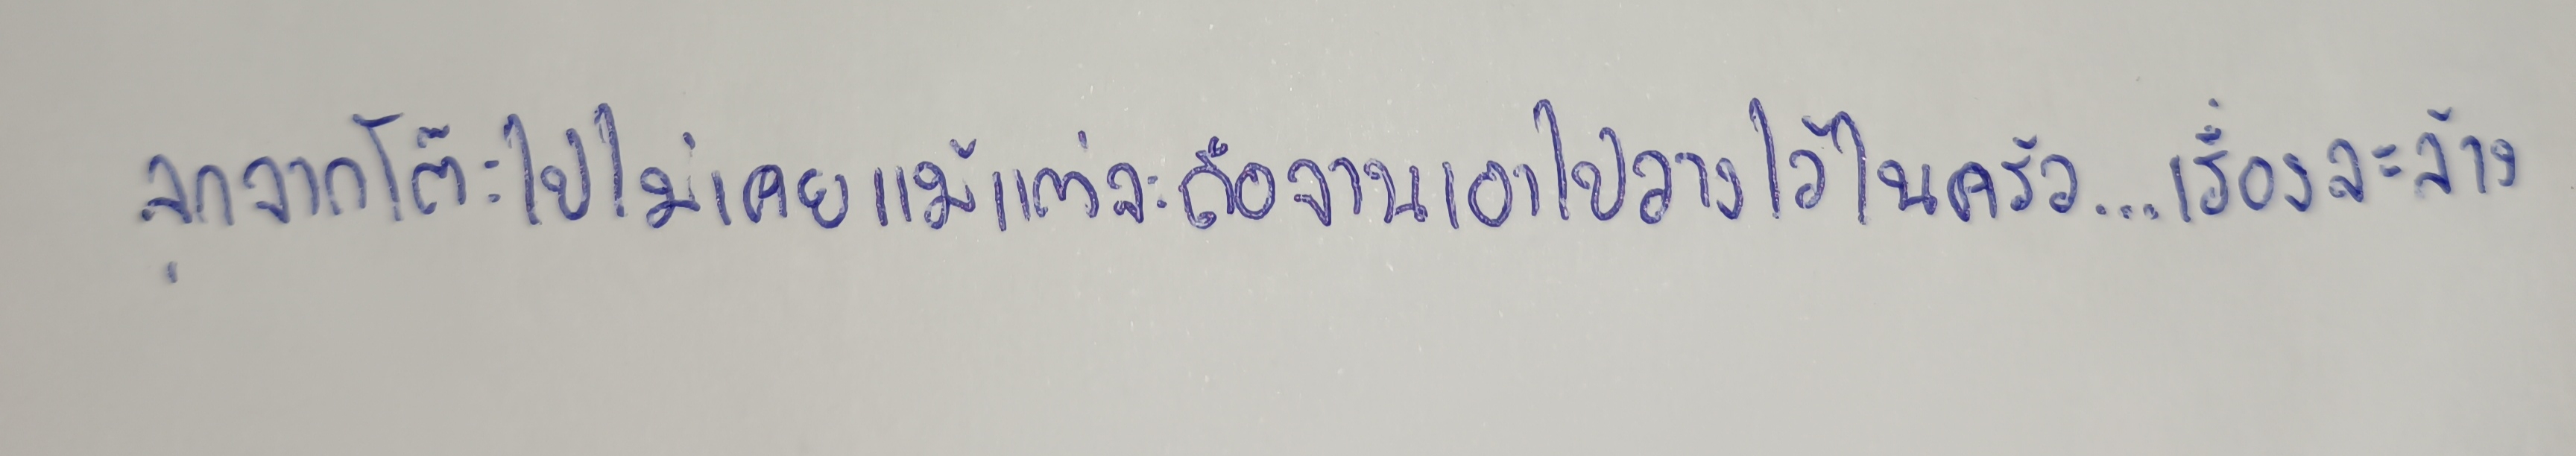
ลุกจากโต๊ะไปไม่เคยแม้แต่จะถือจานเอาไปวางไว้ในครัว...เรื่องจะล้าง